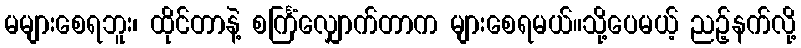
မများစေရဘူး၊ ထိုင်တာနဲ့ စင်္ကြံလျှောက်တာက များစေရမယ်။သို့ပေမယ့် ညဉ့်နက်လို့